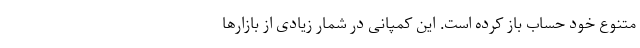
متنوع خود حساب باز کرده است. این کمپانی در شمار زیادی از بازار‌ها